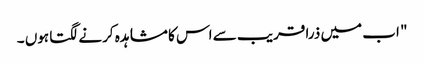
" اب میں ذرا قریب سے اس کا مشاہدہ کرنے لگتا ہوں ۔